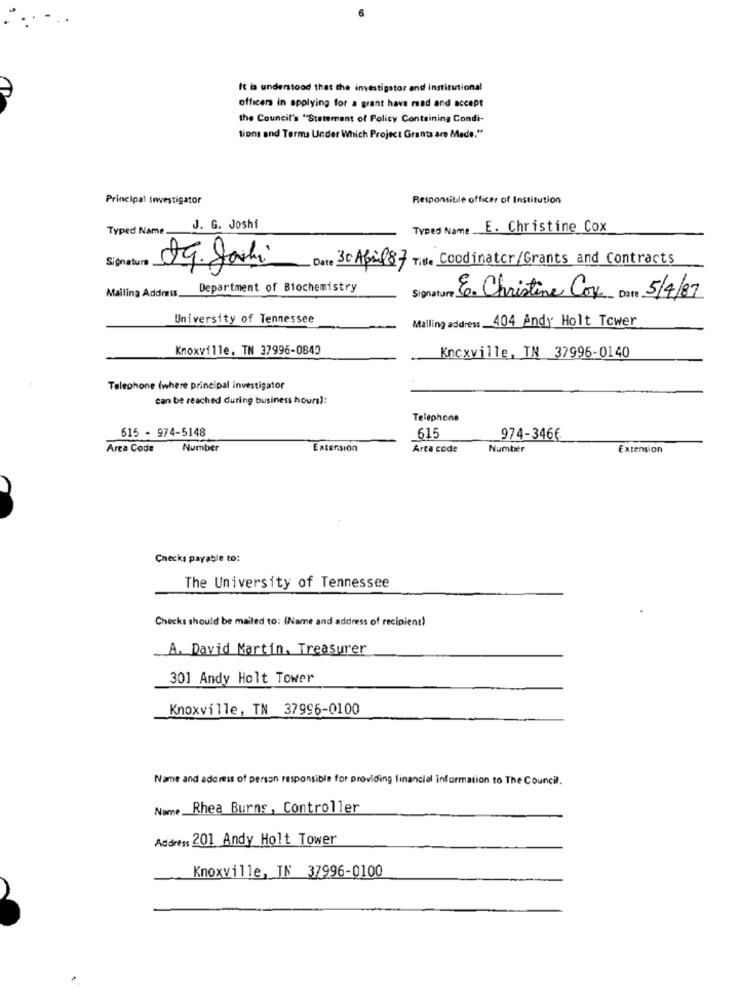
It is understood that the investigator and institutional
officers in applying for a grant have read and accept
the Council's "Statement of Policy Containing Condi-
tions and Terms Under Which Project Grants are Made."
Principal Investigator
Responsible officer of Institution
Typed Name.
J. G. Joshi
Typed Name E. Christine Cox
Signature
Date 30 April 87 Tite Coodinator/Grants and Contracts
29. Joshi
Department of Biochemistry
Signature
Mailing Address.
E. Christine Cov Date 5/4/87
University of Tennessee
Malling address. 404 Andy Holt Tower
Knoxville, TN 37996-0840
Knoxville, TN 37996-0140
Telephone (where principal investigator
can be reached during business hours):
Telephone
615 - 974-5148
615
974-3466
Area Code
Number
Extension
Arta code
Number
Extension
Checks payable to:
The University of Tennessee
Checks should be mailed to: (Name and address of recipient)
A. David Martin, Treasurer
301 Andy Holt Tower
Knoxville, TN 37996-0100
Name and address of person responsible for providing financial information to The Council.
Nome Rhea Burns , Controller
Address 201 Andy Holt Tower
Knoxville, IN 37996-0100